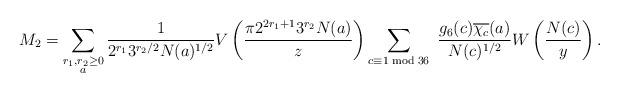
LaTeX: \begin{align*} M_2 &= \sum_{\substack{r_1,r_2 \geq 0 \\ a }} \frac{1}{2^{r_1}3^{r_2/2}N(a)^{1/2}}V \left(\frac{\pi 2^{2r_1+1}3^{r_2}N(a) }{z} \right)\sum_{c \equiv 1 \bmod {36}} \ \frac {g_6(c)\overline{\chi_c}(a)}{N(c)^{1/2}} W\left( \frac{N(c)}{y} \right).\end{align*}